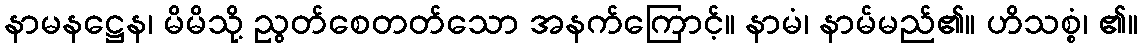
နာမနဋ္ဌေန၊ မိမိသို့ ညွတ်စေတတ်သော အနက်ကြောင့်။ နာမံ၊ နာမ်မည်၏။ ဟိသစ္စံ၊ ၏။